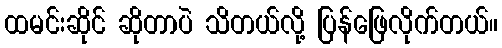
ထမင်းဆိုင် ဆိုတာပဲ သိတယ်လို့ ပြန်ဖြေလိုက်တယ်။